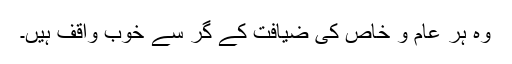
وہ ہر عام و خاص کی ضیافت کے گُر سے خوب واقف ہیں۔